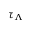
\tau _ { \Lambda }